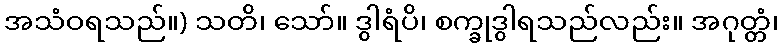
အသံဝရသည်။) သတိ၊ သော်။ ဒွါရံပိ၊ စက္ခုဒွါရသည်လည်း။ အဂုတ္တံ၊